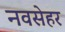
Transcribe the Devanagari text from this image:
नवसेहर